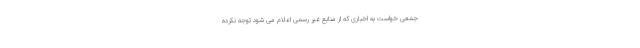
جمعی خواست به اخباری که از منابع غیر رسمی اعلام می شود توجه نکرده